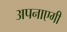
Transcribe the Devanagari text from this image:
अपनाएगी